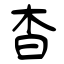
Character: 杳